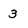
Character: 3